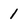
Character: 1